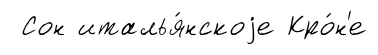
Сон италья́нскоjе Кро́н'е